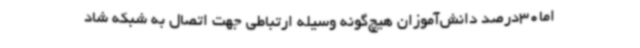
اما30درصد دانش‌آموزان هیچ‌گونه وسیله ارتباطی جهت اتصال به شبکه شاد